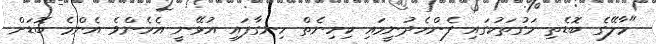
"މާލޭގެ ބޮޑެތި މަގުތަކުގައި ފެންހެދުނީމައި ކިހިނެތް ހިނގާފައި އުޅޭނީ އެހެންވެ އެންމެ ބޮޑަށް